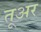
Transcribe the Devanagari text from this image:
तूअर